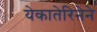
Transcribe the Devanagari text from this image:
येकातेरिनेने